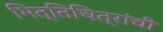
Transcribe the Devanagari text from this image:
भित्तिचित्रांची